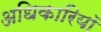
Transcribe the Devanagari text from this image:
अधिकारियॉ